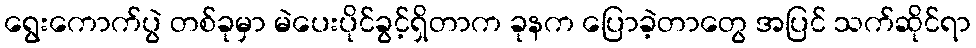
ရွေးကောက်ပွဲ တစ်ခုမှာ မဲပေးပိုင်ခွင့်ရှိတာက ခုနက ပြောခဲ့တာတွေ အပြင် သက်ဆိုင်ရာ